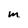
Character: m